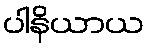
ပါနိယာယ